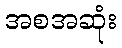
အစအဆုံး